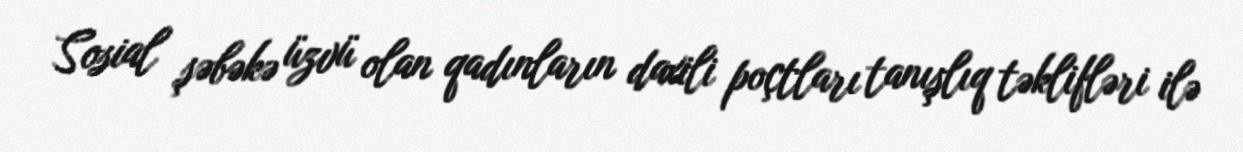
Sosial şəbəkə üzvü olan qadınların daxili poçtları tanışlıq təklifləri ilə